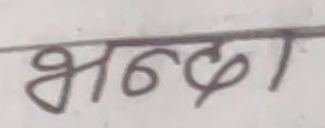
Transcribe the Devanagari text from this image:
भन्डा